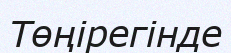
Төңірегінде